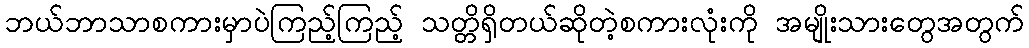
ဘယ်ဘာသာစကားမှာပဲကြည့်ကြည့် သတ္တိရှိတယ်ဆိုတဲ့စကားလုံးကို အမျိုးသားတွေအတွက်